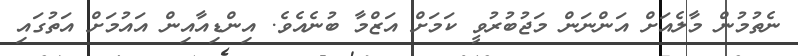
ނެތުމުން މާލެއަށް އަންނަން މަޖުބުރުވީ ކަމަށް އަޒްމާ ބުނެއެވެ. އިންޑިއާއިން އައުމަށް އަތުގައި